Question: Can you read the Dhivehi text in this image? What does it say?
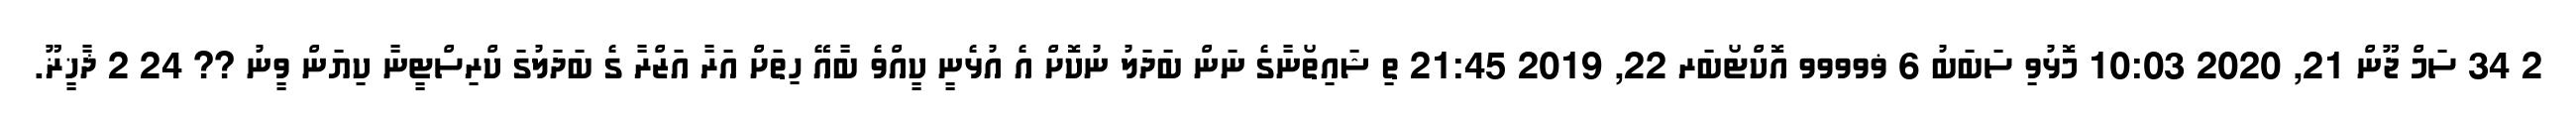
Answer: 2 34 ސަމް ޖޫން 21, 2020 10:03 މޮޅުވި ސަބަބު 6 ޥވވވވ އޮކްޓޯބަރ 22, 2019 21:45 ތި ޝައިތޯނާގެ ނަން ބަދަލު ނުކޮށް އެ އުޅެނީ ކީއްވެ ބާއޭ ހިތަށް އަރާ އަޒްރާ ގެ ބަދަލުގަ ކްރިސްޓީނާ ކިޔަން ވީނު ?? 24 2 ޛާޚީޜޫ.